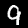
Digit: 9